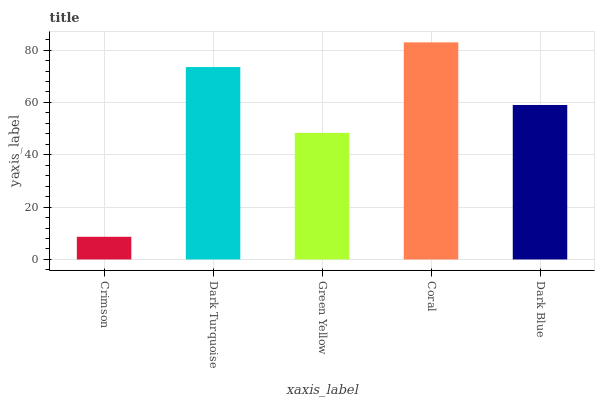
| xaxis_label | bars |
 | --- | --- |
 | Crimson | 8.66 |
 | Dark Turquoise | 73.5 |
 | Green Yellow | 48.4 |
 | Coral | 83 |
 | Dark Blue | 59 |